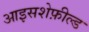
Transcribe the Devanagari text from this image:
आइसशेफ़ील्ड